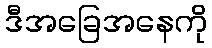
ဒီအခြေအနေကို